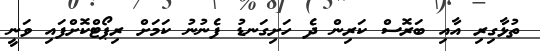
ތުޅާގިރި އާއި ބަރޮސް ކަރިން ދެ ހަށިގަނޑު ފެނުނު ކަމަށް ރިޕޯޓްކޮށްފައި ވަނީ